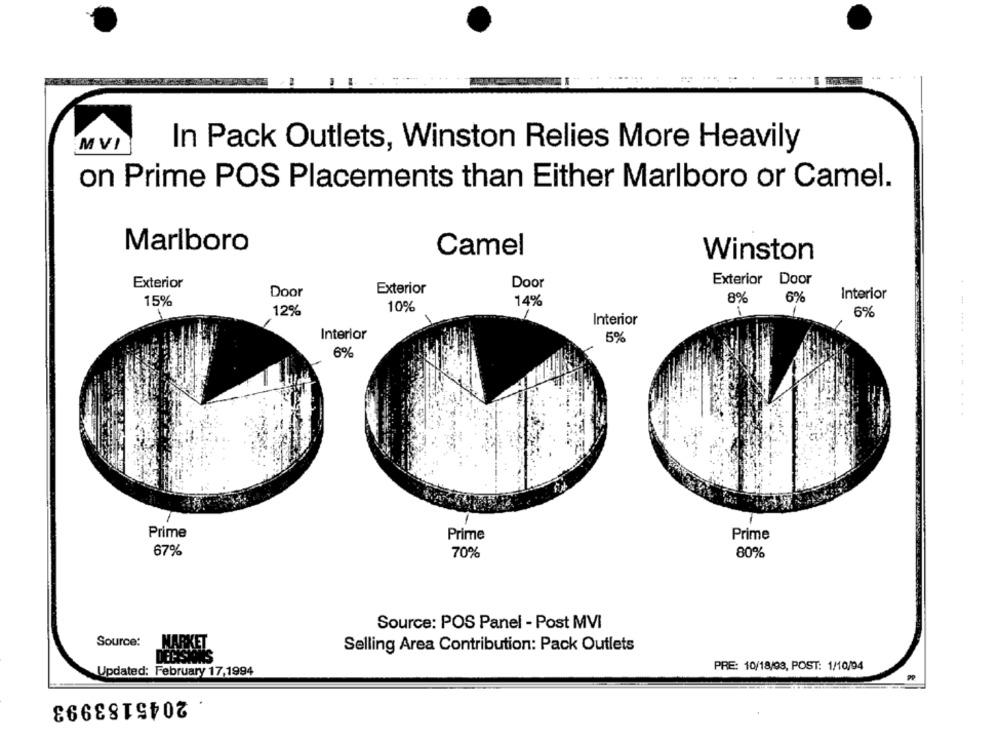
MVI
In Pack Outlets, Winston Relies More Heavily
on Prime POS Placements than Either Marlboro or Camel.
Marlboro
Camel
Winston
Exterior
Exterior Door
Exterior
Door
Door
Interior
15%
14%
8%
6%
12%
10%
6%
Interior
Interior
5%
6%
....... ... . ...
Prime
Prime
Prime
67%
70%
80%
Source: POS Panel - Post MVI
Source:
MARKET
Selling Area Contribution: Pack Outlets
DECISIONS
PRE: 10/18/93, POST: 1/10/94
Updated: February 17-1994
2045183993